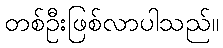
တစ်ဦးဖြစ်လာပါသည်။